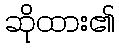
ဆိုထား၏